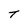
Character: T